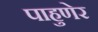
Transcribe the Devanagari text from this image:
पाहुणेर